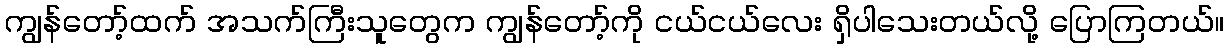
ကျွန်တော့်ထက် အသက်ကြီးသူတွေက ကျွန်တော့်ကို ငယ်ငယ်လေး ရှိပါသေးတယ်လို့ ပြောကြတယ်။